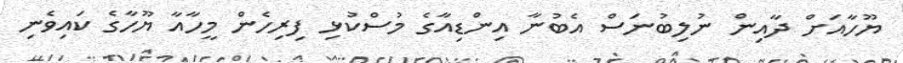
ޔޫހާއަށް ދާއިން ނުލިބުނަސް އެބުނާ އިންޑިއާގެ މުސްކުޅި ފިރިހެން މީހާއާ ޔޫހާގެ ކައިވެނި